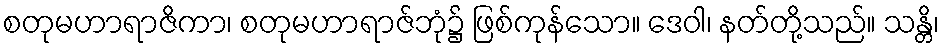
စတုမဟာရာဇိကာ၊ စတုမဟာရာဇ်ဘုံ၌ ဖြစ်ကုန်သော။ ဒေဝါ၊ နတ်တို့သည်။ သန္တိ၊